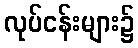
လုပ်ငန်းများ၌